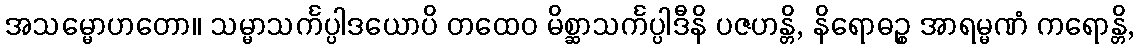
အသမ္မောဟတော။ သမ္မာသင်္ကပ္ပါဒယောပိ တထေဝ မိစ္ဆာသင်္ကပ္ပါဒီနိ ပဇဟန္တိ, နိရောဓဉ္စ အာရမ္မဏံ ကရောန္တိ,